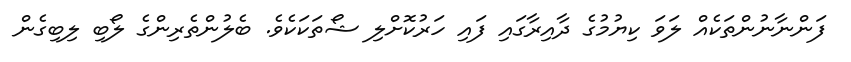
ފަންނާނުންތަކެއް ލަވަ ކިޔުމުގެ ދާއިރާގައި ފައި ހަރުކޮށްލި ޝޯތަކަކެވެ. ބެލުންތެރިންގެ ލޯބި ލިބިގެން